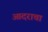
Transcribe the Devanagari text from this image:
आदराचा